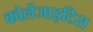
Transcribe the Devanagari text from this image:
कोलेंजाइटिस